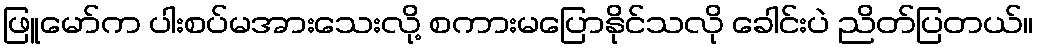
ဖြူမော်က ပါးစပ်မအားသေးလို့ စကားမပြောနိုင်သလို ခေါင်းပဲ ညိတ်ပြတယ်။